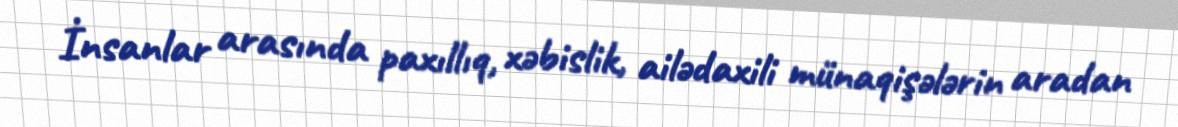
İnsanlar arasında paxıllıq, xəbislik, ailədaxili münaqişələrin aradan